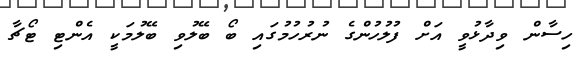
ހިސާން ވިދާޅުވީ އަށް ފުލުހުންގެ ނުރުހުމުގައި ބޯ ބޭލުވި ބޭލުމަކީ އެންޓި ޓޯޗާ